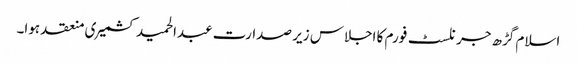
اسلام گڑھ جرنلسٹ فورم کا اجلاس زیر صدارت عبدالحمید کشمیری منعقد ہوا۔